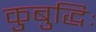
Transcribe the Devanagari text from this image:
कुबुद्धिः